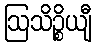
ဩသိဉ္စိယျီ